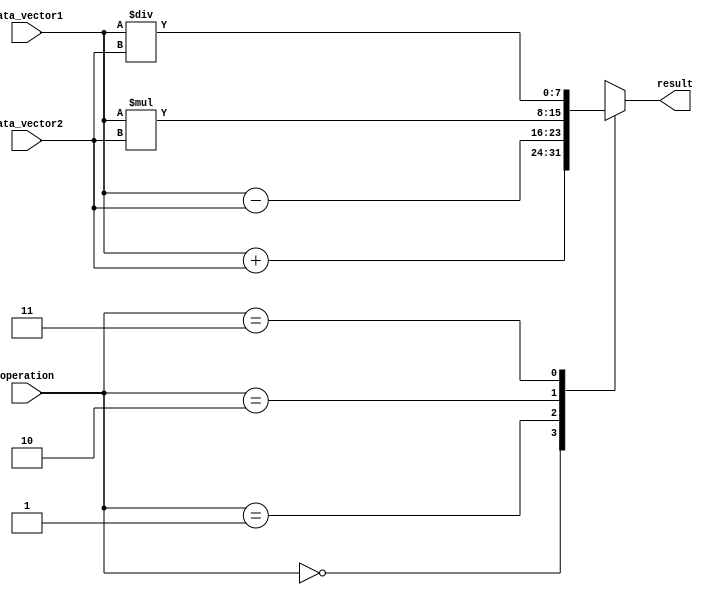
module Vector_ALU(
  input [7:0] data_vector1,
  input [7:0] data_vector2,
  input [1:0] operation,
  output reg [7:0] result
);

always @(*) begin
  case(operation)
    2'b00: result = data_vector1 + data_vector2; // Addition
    2'b01: result = data_vector1 - data_vector2; // Subtraction
    2'b10: result = data_vector1 * data_vector2; // Multiplication
    2'b11: result = data_vector1 / data_vector2; // Division
  endcase
end

endmodule